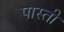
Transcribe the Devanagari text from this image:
पास्ती